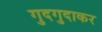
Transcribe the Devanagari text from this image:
गुदगुदाकर